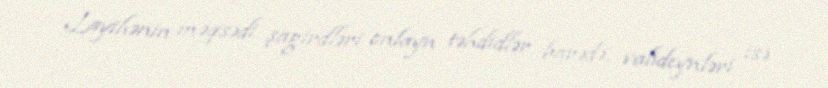
Layihənin məqsədi şagirdləri onlayn təhdidlər barədə, valideynləri isə